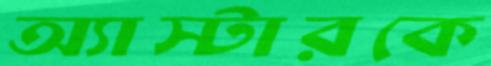
অ্যাস্টারকে